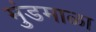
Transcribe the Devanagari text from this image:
मुंडमाळा